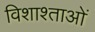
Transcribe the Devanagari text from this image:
विशाश्ताओं